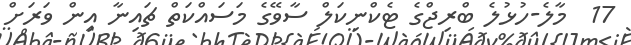
17  މާލެ-ހުޅުލެ ބްރިޖްގެ ޓެކްނިކަލް ސާވޭގެ މަސައްކަތް ޗައިނާ އިން ވަރަށް